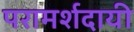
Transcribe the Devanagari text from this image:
परामर्शदायी